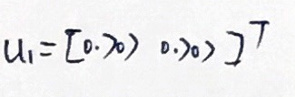
$u _ { 1 } = [ 0. 7 0 ) 0. 7 0 ) ] ^ { T }$